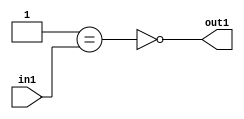
`timescale 1ps / 1ps
/*****************************************************************************
    Verilog RTL Description
    
    
    Created by: Stratus DpOpt 2019.1.01 
*******************************************************************************/

module st_weight_addr_gen_Nei1u16_4_10 (
	in1,
	out1
	); /* architecture "behavioural" */ 
input [15:0] in1;
output  out1;
wire  asc001,
	asc002;

assign asc002 = (21'B000000000000000000001==in1);

assign asc001 = 
	((~asc002));

assign out1 = asc001;
endmodule

/* CADENCE  ubP0SgE= : u9/ySgnWtBlWxVPRXgAZ4Og= ** DO NOT EDIT THIS LINE ******/